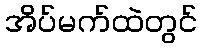
အိပ်မက်ထဲတွင်